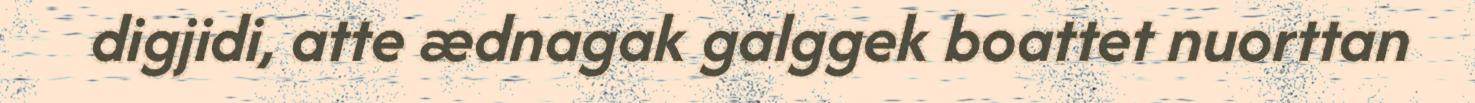
digjidi, atte ædnagak galggek boattet nuorttan